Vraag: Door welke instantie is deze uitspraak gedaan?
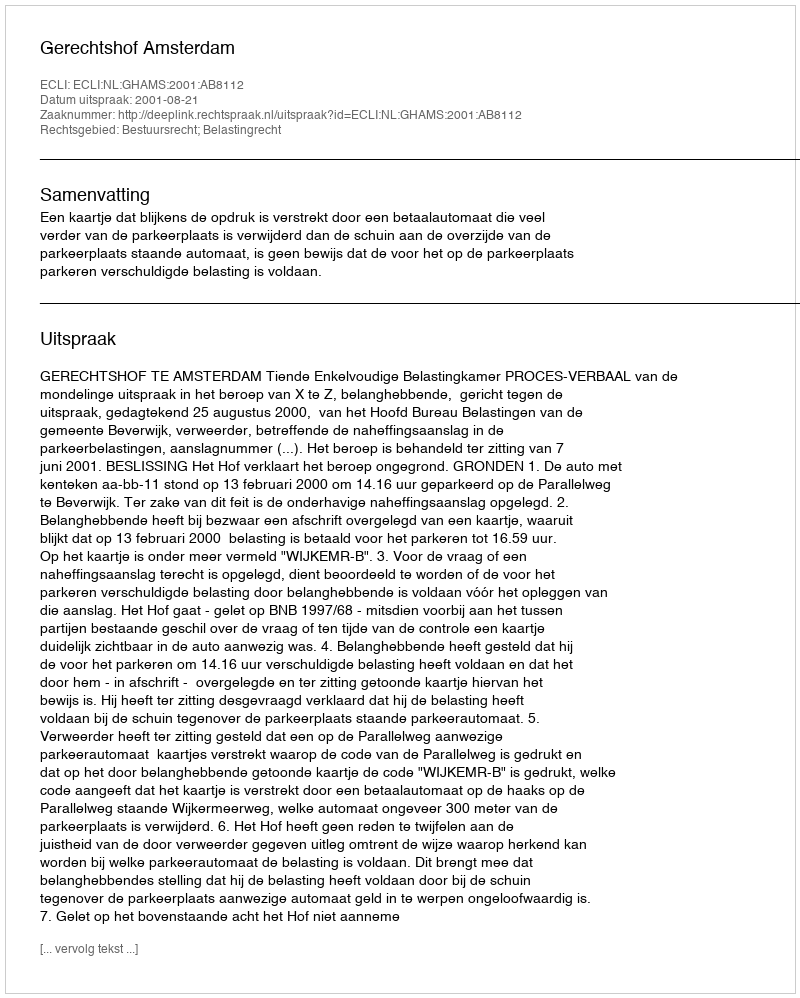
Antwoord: Gerechtshof Amsterdam